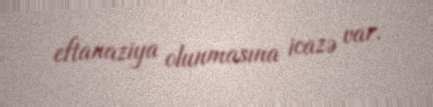
eftanaziya olunmasına icazə var.